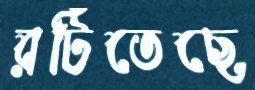
রটিতেছে